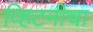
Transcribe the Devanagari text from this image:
व्हिटनीचा